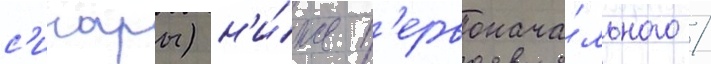
с'инары) н'и́же п'ервонача́льного /